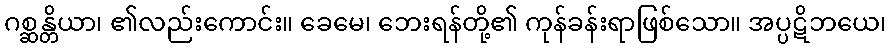
ဂစ္ဆန္တိယာ၊ ၏လည်းကောင်း။ ခေမေ၊ ဘေးရန်တို့၏ ကုန်ခန်းရာဖြစ်သော။ အပ္ပဋိဘယေ၊